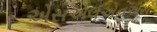
એસએલએનએસ